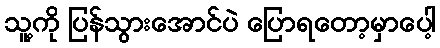
သူ့ကို ပြန်သွားအောင်ပဲ ပြောရတော့မှာပေါ့